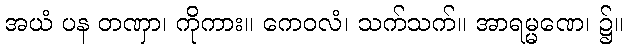
အယံ ပန တဏှာ၊ ကိုကား။ ကေဝလံ၊ သက်သက်။ အာရမ္မဏေ၊ ၌။